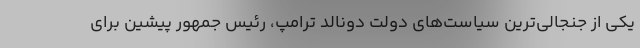
یکی از جنجالی‌ترین سیاست‌های دولت دونالد ترامپ، رئیس جمهور پیشین برای